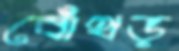
বোঁথড়